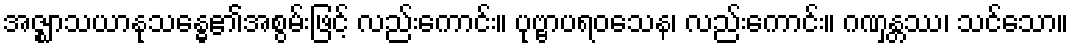
အဇ္ဈာသယာနုသန္ဓေ၏အစွမ်းဖြင့် လည်းကောင်း။ ပုဗ္ဗာပရဝသေန၊ လည်းကောင်း။ ဂဏှန္တဿ၊ သင်သော။